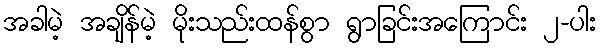
အခါမဲ့ အချိန်မဲ့ မိုးသည်းထန်စွာ ရွာခြင်းအကြောင်း ၂-ပါး